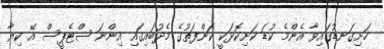
ހަށިގަނޑުގައިވާ އެންމެ ކުޑަ ކަށިކޮޅަކީ ކަންފަތުގެ މެދުބައިގައި އިންނަ ސްޓެޕީސް އޭ ކިޔާ